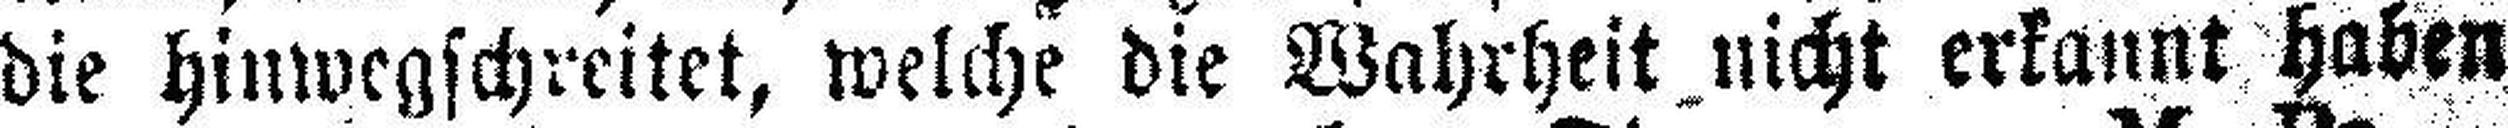
die hinwegschreitet, welche die Wahrheit nicht erkannt haben